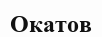
Окатов